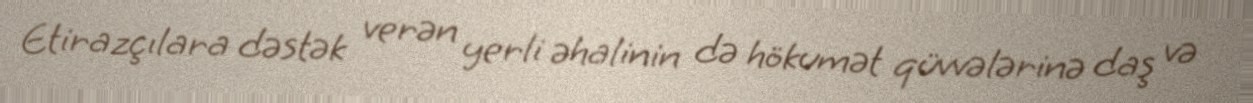
Etirazçılara dəstək verən yerli əhalinin də hökumət qüvvələrinə daş və